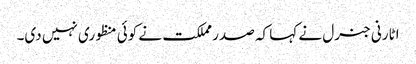
اٹارنی جنرل نے کہا کہ صدر مملکت نے کوئی منظوری نہیں دی۔